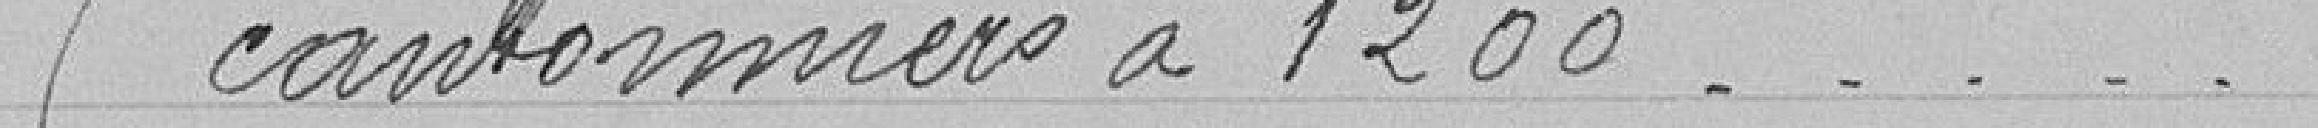
5 cantonniers à 1200